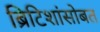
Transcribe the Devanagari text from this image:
ब्रिटिशांसोबत